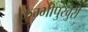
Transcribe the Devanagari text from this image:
कुम्भीपुखुरी